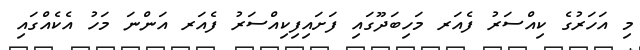
މި އަހަރުގެ ކިއްސަރު ފެއަރ މަހިބަދޫގައި ފަށައިފިކިއްސަރު ފެއަރ އަންނަ މަހު އެކެއްގައި